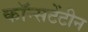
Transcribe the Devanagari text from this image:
कॉन्सटेंटीन